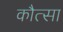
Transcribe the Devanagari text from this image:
कौत्सा